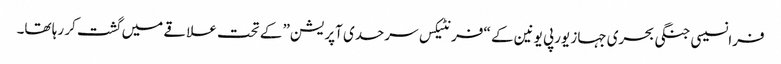
فرانسیسی جنگی بحری جہاز یورپی یونین کے “فرنٹیکس سرحدی آپریشن” کے تحت علاقے میں گشت کر رہا تھا۔